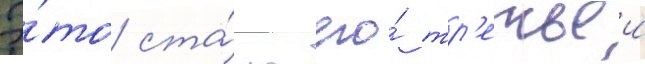
Э́то ста́ло его́ тр'етьеи